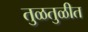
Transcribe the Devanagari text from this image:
तुळतुळीत